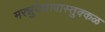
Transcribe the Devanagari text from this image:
मरन्नुवेचावास्तुक्कळ